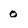
Character: 0